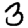
Digit: 3